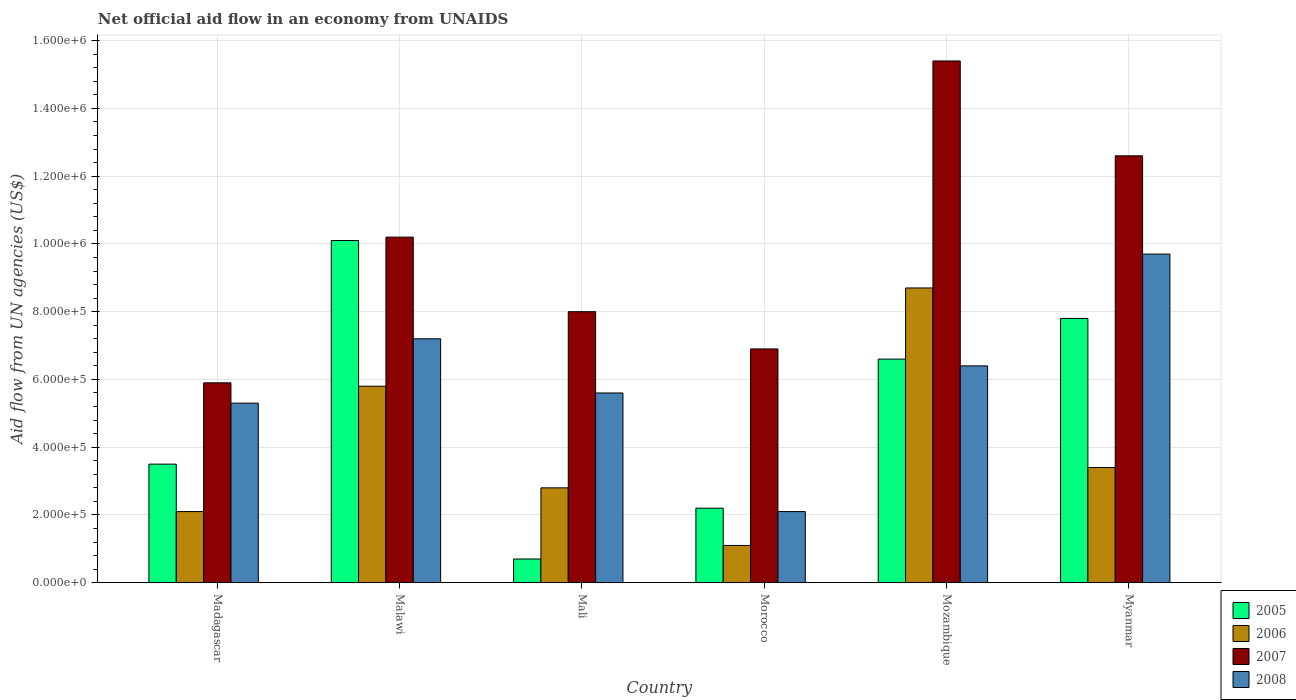
| Country | 2005 | 2006 | 2007 | 2008 |
 | --- | --- | --- | --- | --- |
 | Madagascar | 3.5e+05 | 2.1e+05 | 5.9e+05 | 5.3e+05 |
 | Malawi | 1.01e+06 | 5.8e+05 | 1.02e+06 | 7.2e+05 |
 | Mali | 7e+04 | 2.8e+05 | 8e+05 | 5.6e+05 |
 | Morocco | 2.2e+05 | 1.1e+05 | 6.9e+05 | 2.1e+05 |
 | Mozambique | 6.6e+05 | 8.7e+05 | 1.54e+06 | 6.4e+05 |
 | Myanmar | 7.8e+05 | 3.4e+05 | 1.26e+06 | 9.7e+05 |